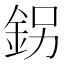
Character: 䤢